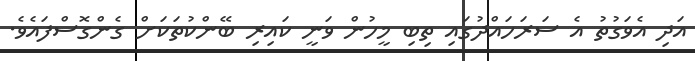
އަދި އެވަގުތު އެ ސަރަހައްދުގައި ތިބި މީހުން ވަނީ ކައިރި ބޭންކުތަކަށް ގެންގޮސްފައެވެ.